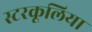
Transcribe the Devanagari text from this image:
स्टरकूलिया